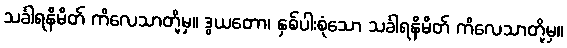
သင်္ခါရနိမိတ် ကိလေသာတို့မှ။ ဒွယတော၊ နှစ်ပါးစုံသော သင်္ခါရနိမိတ် ကိလေသာတို့မှ။